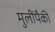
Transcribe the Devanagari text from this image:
मुलींपैकी